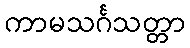
ကာမသင်္ဂသတ္တာ